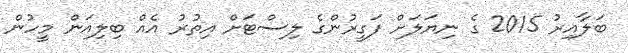
ބަލާއިރު 2015 ގެ ނިޔަލަށް ފަގީރުންގެ ލިސްޓަށް އިތުރު އެއް ބިލިއަން މީހުން